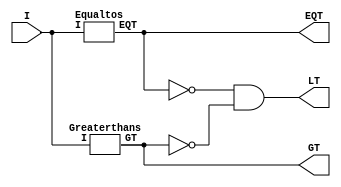
module Comparitors(EQT,GT,LT,I);
input [3:0] I;
output EQT,GT,LT; 
wire l1, l2;
Greaterthans F1(GT,I);
Equaltos F2(EQT,I);
//not (l1,EQT), (l2,GT);
and F3(LT,~EQT,~GT);

endmodule

module Equaltos(EQT, I);
input [3:0] I;
output EQT;
wire x1,x2,x3,x4,in1,in2,in3,in4;
//not (in1,I[0]), (in2,I[1]), (in3,I[2]), (in4,I[3]);
and I1(x1,~I[0],~I[1],~I[2],~I[3]),
    I2(x2,~I[0],I[1],~I[2],I[3]), 
    I3(x3,I[0],I[1],I[2],I[3]),
    I4(x4,I[2],~I[3],I[0],~I[1]);
or O1(EQT,x1,x2,x3,x4);
endmodule

module Greaterthans(GT,I);
input [3:0] I;
output GT;
wire y1,y2,y3;
//not (j1,I[0]), (j2,I[1]), (j3,I[2]), (j3, I[3]);
and J1(y1,~I[0],~I[1],I[2]),
    J2(y2,~I[1],I[3]), 
    J3(y3,~I[0],I[2],I[3]);
or O2(GT,y1,y2,y3);
endmodule